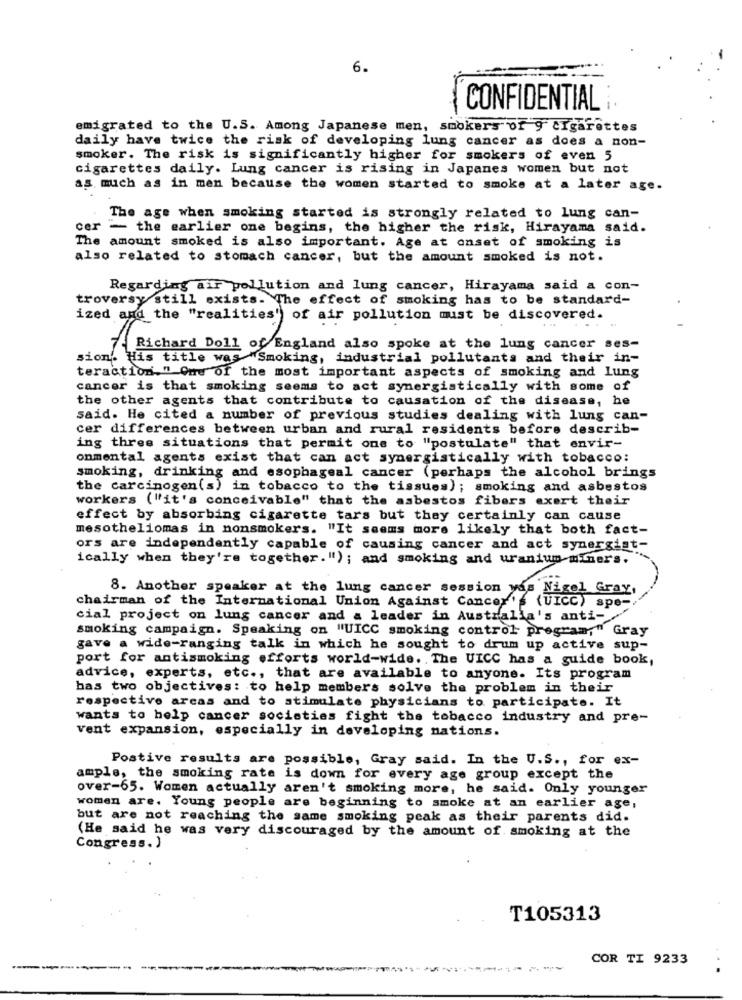
6.
CONFIDENTIAL
emigrated to the U.S. Among Japanese men, smokers of 9 Cigarettes
daily have twice the risk of developing lung cancer as does a non-
smoker. The risk is significantly higher for smokers of even 5
cigarettes daily. Lung cancer is rising in Japanes women but not
as much as in men because the women started to smoke at a later age.
The age when smoking started is strongly related to lung can-
cer - the earlier one begins, the higher the risk, Hirayama said.
The amount smoked is also important. Age at onset of smoking is
also related to stomach cancer, but the amount smoked is not.
Regarding air pollution and lung cancer, Hirayama said a con-
troversy still exists. The effect of smoking has to be standard-
ized and the "realities" of air pollution must be discovered.
...
7. Richard Doll of England also spoke at the lung cancer ses-
sion'. His title was "Smoking, industrial pollutants and their in-
teraction." One of the most important aspects of smoking and Lung
cancer is that smoking seems to act synergistically with some of
the other agents that contribute to causation of the disease, he
said. He cited a number of previous studies dealing with lung can-
cer differences between urban and rural residents before describ-
ing three situations that permit one to "postulate" that envir-
onmental agents exist that can act synergistically with tobacco:
smoking, drinking and esophageal cancer (perhaps the alcohol brings
the carcinogen(s) in tobacco to the tissues); smoking and asbestos
workers ("it's conceivable" that the asbestos fibers exert their
effect by absorbing cigarette tars but they certainly can cause
mesotheliomas in nonsmokers. "It seems more likely that both fact-
ors are independently capable of causing cancer and act synergist-
ically when they're together. ") ; and smoking and uranium miners.
8. Another speaker at the lung cancer session yas Nigel Gray,
chairman of the International Union Against Cancer's (UICC) spe -.
cial project on lung cancer and a leader in Australia's anti-
smoking campaign. Speaking on "UICC smoking control program," Gray
gave a wide-ranging talk in which he sought to drum up active sup-
port for antismoking efforts world-wide. . The UICC has a guide book,
advice, experts, etc ., that are available to anyone. Its program
bas two objectives: to help members solve the problem in their
respective areas and to stimulate physicians to participate. It
wants to help cancer societies fight the tobacco industry and pre-
vent expansion, especially in developing nations.
Postive results are possible, Gray said. In the U.S ., for ex-
ample, the smoking rate is down for every age group except the
over-65. Women actually aren't smoking more, he said. Only younger
women are, Young people are beginning to smoke at an earlier age,
but are not reaching the same smoking peak as their parents did.
(He said he was very discouraged by the amount of smoking at the
Congress. )
T105313
COR TI 9233